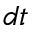
d t